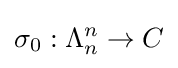
\sigma _{0}:\Lambda _{n}^{n}\rightarrow C